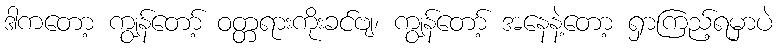
ဒါကတော့ ကျွန်တော့် ဝတ္တရားကိုးခင်ဗျ၊ ကျွန်တော့် အနေနဲ့တော့ ရှာကြည့်ရမှာပဲ